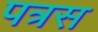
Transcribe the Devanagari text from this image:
पत्रस